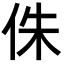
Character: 侏